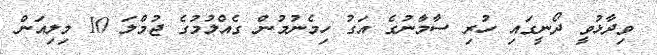
ވިދާޅުވީ ދޯނީގައި ހުރި ސާމާނުގެ އަގު ހިމެނުމުން ގެއްލުމުގެ ޖުމްލަ 10 މިލިއަން